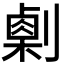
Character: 𠟫